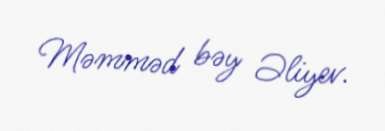
Məmməd bəy Əliyev.